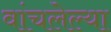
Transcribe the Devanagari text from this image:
वांचलेल्या